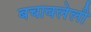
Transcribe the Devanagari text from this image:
बचावलेली